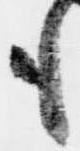
も